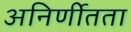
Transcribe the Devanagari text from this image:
अनिर्णीतता